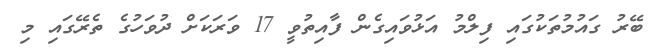
ބޭރު ގައުމުތަކުގައި ފިލްމު އަޅުވައިގެން ފާއިތުވީ 17 ވަރަކަށް ދުވަހުގެ ތެރޭގައި މި